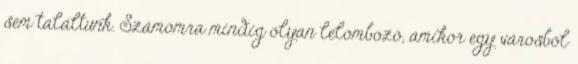
sem találtunk. Számomra mindig olyan lelombozó, amikor egy városból